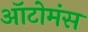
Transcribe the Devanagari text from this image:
ऑटोमंस